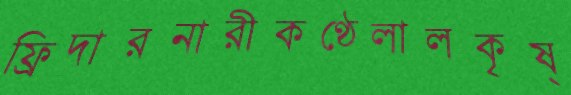
ফ্রিদারনারীকণ্ঠেলালকৃষ্